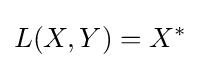
L(X,Y)=X^{*}